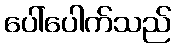
ပေါ်ပေါက်သည်